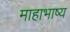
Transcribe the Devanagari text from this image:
माहाभाष्य